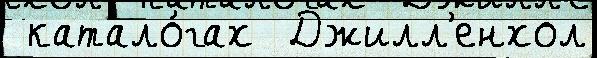
 катало́гах  Джилл'енхол